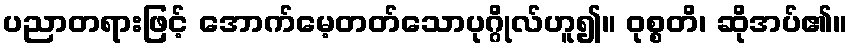
ပညာတရားဖြင့် အောက်မေ့တတ်သောပုဂ္ဂိုလ်ဟူ၍။ ဝုစ္စတိ၊ ဆိုအပ်၏။